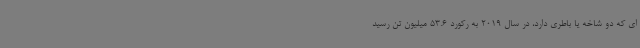
ای که دو شاخه یا باطری دارد، در سال 2019 به رکورد 53.6 میلیون تن رسید